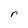
Character: r